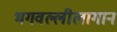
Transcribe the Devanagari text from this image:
भगवल्लीलागान